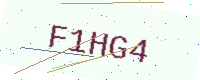
Text: F1HG4